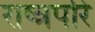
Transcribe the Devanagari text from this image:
राष्त्रपरि